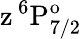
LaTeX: \mathrm{z\, ^{6}P_{7/2}^{o}}